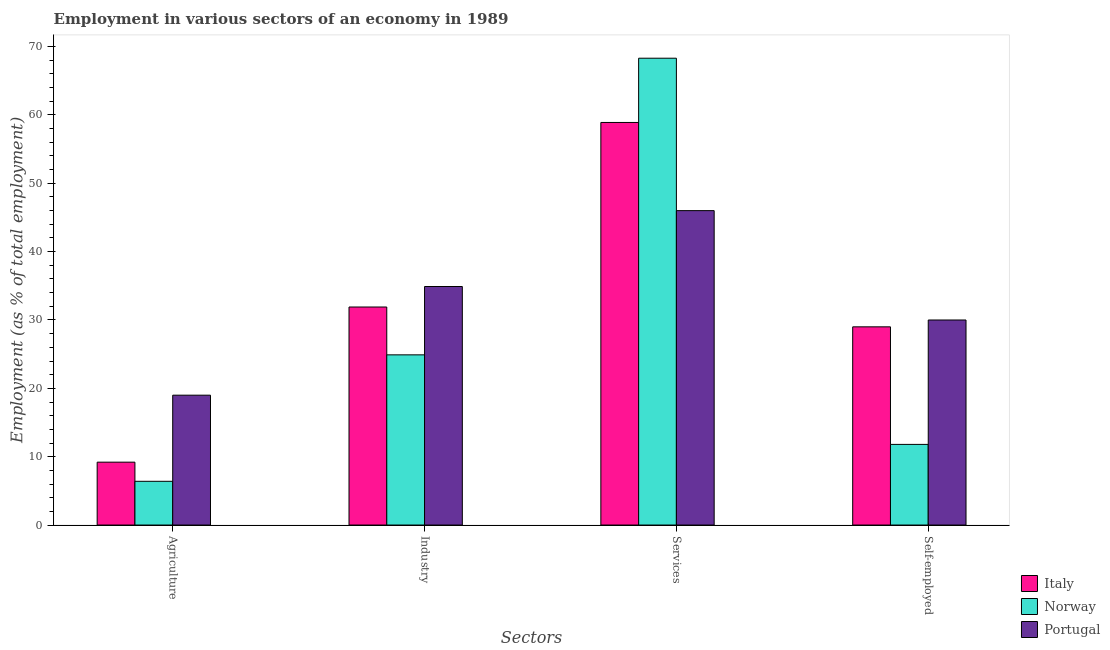
| Sectors | Italy | Norway | Portugal |
 | --- | --- | --- | --- |
 | Agriculture | 9.2 | 6.4 | 19 |
 | Industry | 31.9 | 24.9 | 34.9 |
 | Services | 58.9 | 68.3 | 46 |
 | Self-employed | 29 | 11.8 | 30 |